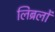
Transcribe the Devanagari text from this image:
लिब्रलों